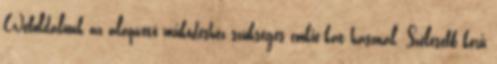
Weboldalunk az alapvető működéshez szükséges cookie-kat használ. Szélesebb körű